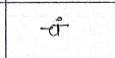
मजकूर: चं